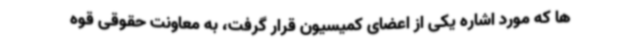
ها که مورد اشاره یکی از اعضای کمیسیون قرار گرفت، به معاونت حقوقی قوه